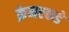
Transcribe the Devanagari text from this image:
क्रेमरकडे